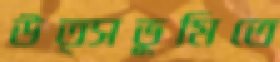
উত্সভূমিতে